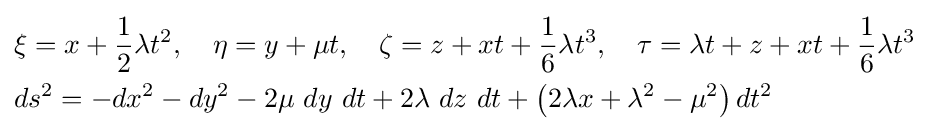
{\begin{aligned}&\xi =x+{\frac {1}{2}}\lambda t^{2},\quad \eta =y+\mu t,\quad \zeta =z+xt+{\frac {1}{6}}\lambda t^{3},\quad \tau =\lambda t+z+xt+{\frac {1}{6}}\lambda t^{3}\\&ds^{2}=-dx^{2}-dy^{2}-2\mu \ dy\ dt+2\lambda \ dz\ dt+\left(2\lambda x+\lambda ^{2}-\mu ^{2}\right)dt^{2}\end{aligned}}